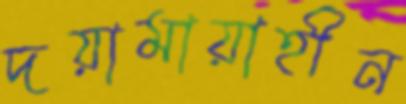
দয়ামায়াহীন